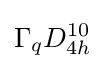
\Gamma _{q}D_{4h}^{10}